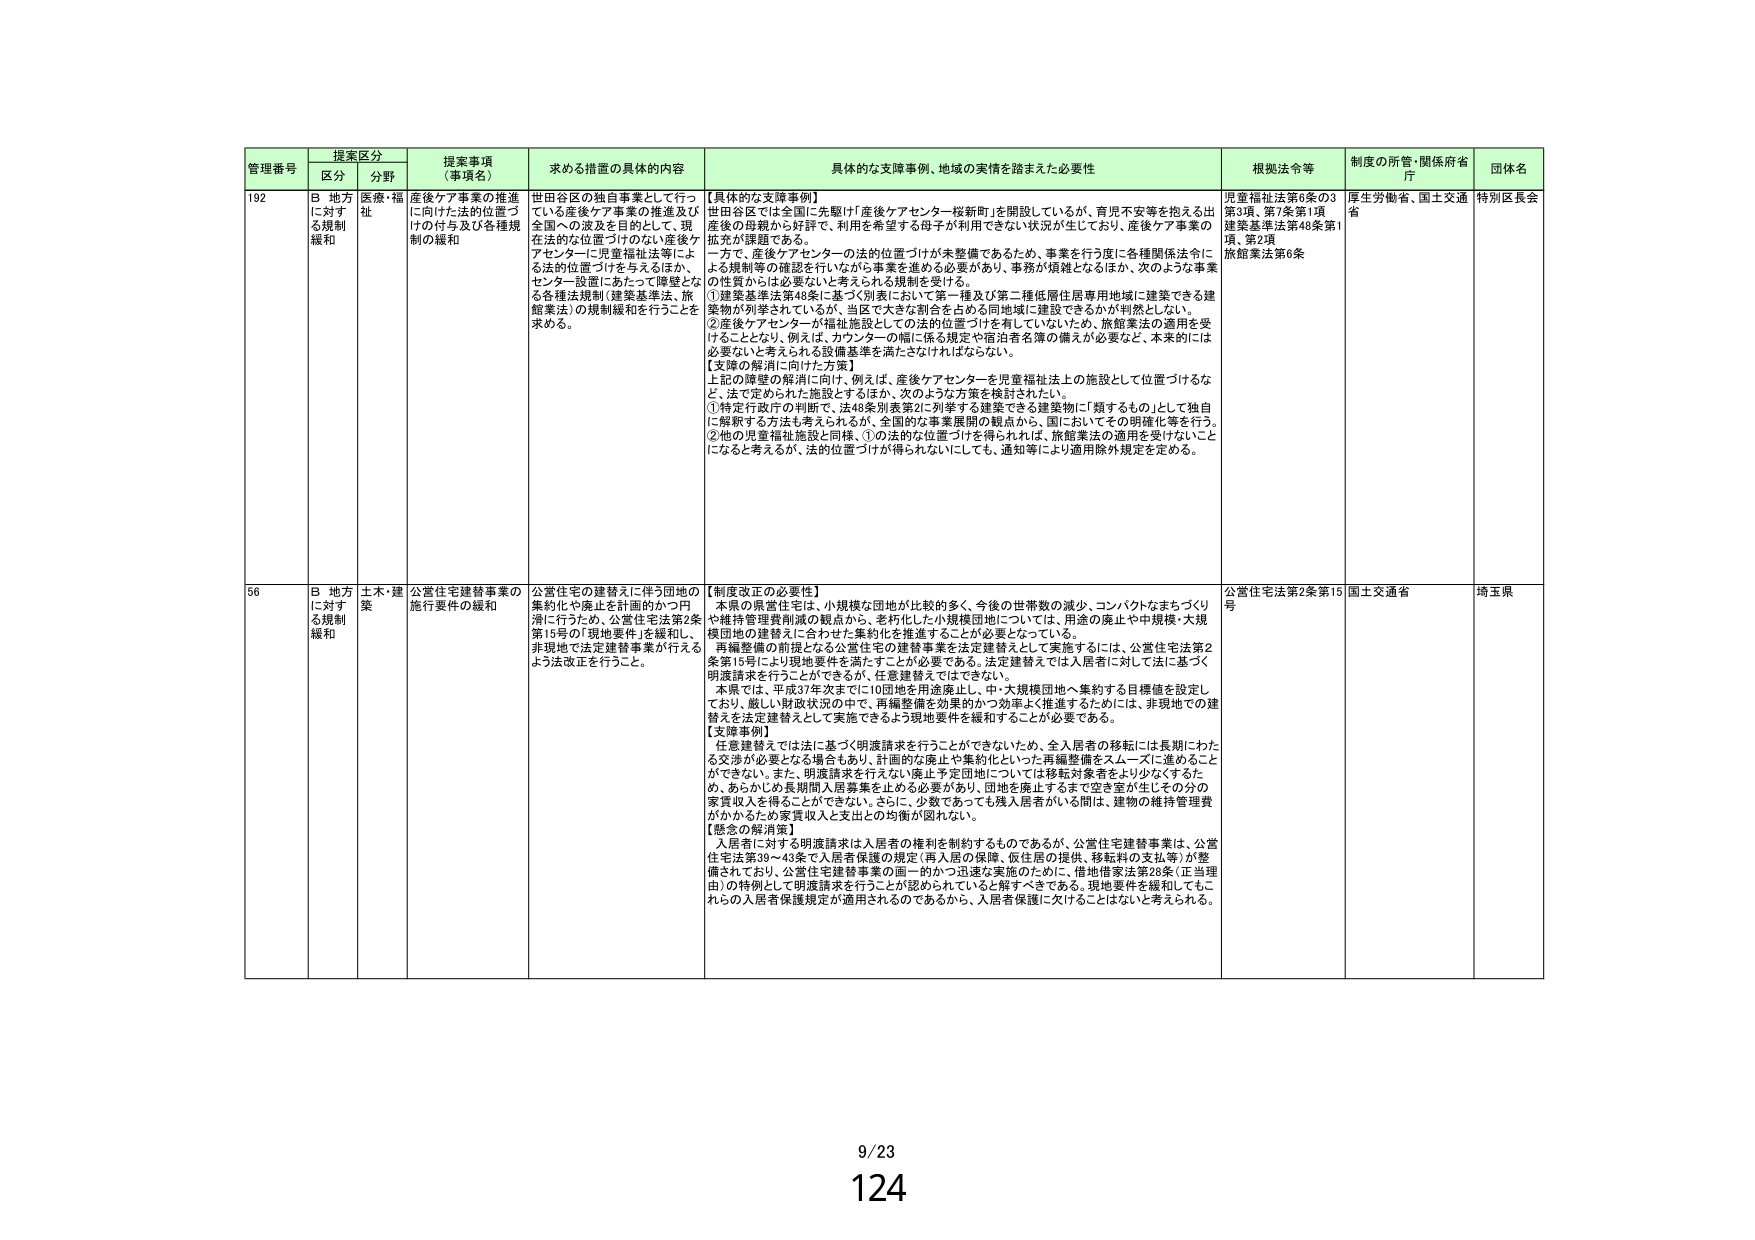
管理番号 提案区分 提案事項（事項名） 求める措置の具体的内容 具体的な支援事例、地域の実情を踏まえた必要性 根拠法令等 制度の所管・関係府省庁 団体名
区分 分野
192 B 地方に対する規制緩和 医療・福祉 産後ケア事業の推進に向けた法的位置づけの付与及び各種規制の緩和 世田谷区の独占事業として行っている産後ケア事業の推進及び全国への波及を目的として、現在法的な位置づけのない産後ケアセンターに児童福祉法等による法的位置づけを与えるほか、センター設置にあたって障壁となる各種法規制（建築基準法、旅館業法）の規制緩和を行うことを求める。 【具体的な支援事例】 世田谷区では全国に先駆け「産後ケアセンター桜新町」を開設しているが、育児不安等を抱える出産後の母親から好評で、利用を希望する母子が利用できない状況が生じており、産後ケア事業の拡充が課題である。 一方で、産後ケアセンターの法的位置づけが未整備であるため、事業を行う度に各種関係法令による規制等の確認を行いたがる事業を進める必要があり、事務が煩雑となるほか、次のような事業の性質からは必要ないと考えられる規制を受ける。 ①建築基準法第48条に基づく別表において第一種及び第二種低層住居専用地域に建築できる建築物が別表されているが、当区で大きな割合を占める同地域に建設できるかが判然としない。 ②産後ケアセンターが福祉施設としての法的位置づけを有していないため、旅館業法の適用を受けることとなり、例えば、カウンターの幅に係る規定や宿泊者名簿の備えが必要など、本来的には必要ないと考えられる設備基準を満たさなければならない。 【支障の解消に向けた方策】 上記の解消の解決に向け、例えば、産後ケアセンターを児童福祉法上の施設として位置づけるなど、法で定められた施設とするほか、次のような方策を検討されたい。 ①特定行政庁の判断で、法48条別表第2に列挙する建築できる建築物に「類するもの」として独自に解釈する方法も考えられるが、全国的な事業展開の観点から、国においてその明確化等を行う。 ②他の児童福祉施設と同様、①の法的な位置づけを得られれば、旅館業法の適用を受けないことになると考えるが、法的位置づけが得られないにしても、通知等により適用除外規定を定める。 児童福祉法第6条の3第3項、第7条第1項 建築基準法第48条第1項、第2項 旅館業法第6条 厚生労働省、国土交通省 特別区長会
56 B 地方に対する規制緩和 土木・建築 公営住宅建替事業の施行要件の緩和 公営住宅の建替えに伴う団地の集約化や廃止を計画的かつ円滑に行うため、公営住宅法第2条第15号の「現地要件」を緩和し、非現地で法定建替事業が行えるよう法改正を行うこと。 【制度改正の必要性】 本県の県営住宅は、小規模な団地が比較的多く、今後の世帯数の減少、コンパクトなまちづくりや維持管理費削減の観点から、老朽化した小規模団地については、用途の廃止や中規模・大規模団地の建替えに合わせた集約化を推進することが必要となっている。 再編整備の前提となる公営住宅の建替事業を法定建替えとして実施するには、公営住宅法第2条第15号により現地要件を満たすことが必要である。法定建替えでは入居者に対して法に基づく明渡請求を行うことができるが、任意建替えではできない。 本県では、平成37年次までに10団地を用途廃止し、中・大規模団地へ集約する目標値を設定しており、厳しい財政状況の中で、再編整備を効果的かつ効率よく推進するためには、非現地での建替えを法定建替えとして実施できるよう現地要件を緩和することが必要である。 【支障事例】 任意建替えでは法に基づく明渡請求を行うことができないため、全入居者の移転には長期にわたる交渉が必要となる場合もあり、計画的な廃止や集約化といった再編整備をスムーズに進めることができない。また、明渡請求を行えない廃止予定団地については移転対象者がより少なくなるため、あらかじめ長期間入居募集を止める必要があり、団地を廃止するまで空き室が生じその分の家賃収入を得ることができない。さらに、少数であっても残入居者がいる間は、建物の維持管理費がかかるため家賃収入と支出との均衡が図れない。 【懸念の解消策】 入居者に対する明渡請求は入居者の権利を制約するものであるが、公営住宅建替事業は、公営住宅法第39～43条で入居者保護の規定（再入居の保障、仮住居の提供、移転料の支払等）が整備されており、公営住宅建替事業の画一的かつ迅速な実施のために、借地借家法第28条（正当理由）の特例として明渡請求を行うことが認められると解すべきである。現地要件を緩和してもこれらの入居者保護規定が適用されるのであるから、入居者保護に欠けることはないと考えられる。 公営住宅法第2条第15号 国土交通省 埼玉県
9/23
124